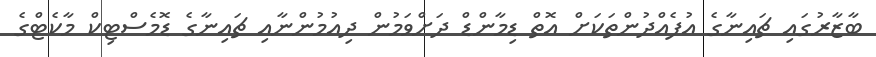
ބާޒާރުގައި ޗައިނާގެ އުފެއްދުންތަކަށް އޮތް ޑިމާންޑް ދަށްވަމުން ދިއުމުންނާއި ޗައިނާގެ ޑޮމެސްޓިކް މާކެޓްގެ